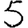
Digit: 5